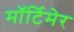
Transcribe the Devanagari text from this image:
माॅर्टिमेर